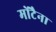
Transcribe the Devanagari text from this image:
मोंटैना